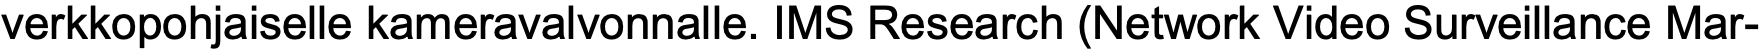
verkkopohjaiselle kameravalvonnalle. IMS Research (Network Video Surveillance Mar-